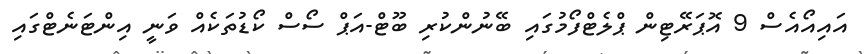
އައިއޯއެސް 9 އޮޕަރޭޓިން ޕްލެޓްފޯމުގައި ބޭނުންކުރި ބޫޓް-އަޕް ސޯސް ކޯޑުތަކެއް ވަނީ އިންޓަނެޓްގައި